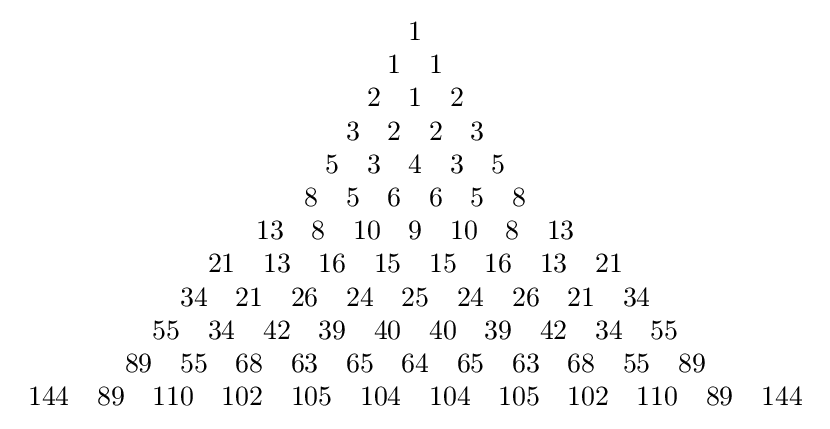
{\begin{array}{c}1\\1\quad 1\\2\quad 1\quad 2\\3\quad 2\quad 2\quad 3\\5\quad 3\quad 4\quad 3\quad 5\\8\quad 5\quad 6\quad 6\quad 5\quad 8\\13\quad 8\quad 10\quad 9\quad 10\quad 8\quad 13\\21\quad 13\quad 16\quad 15\quad 15\quad 16\quad 13\quad 21\\34\quad 21\quad 26\quad 24\quad 25\quad 24\quad 26\quad 21\quad 34\\55\quad 34\quad 42\quad 39\quad 40\quad 40\quad 39\quad 42\quad 34\quad 55\\89\quad 55\quad 68\quad 63\quad 65\quad 64\quad 65\quad 63\quad 68\quad 55\quad 89\\144\quad 89\quad 110\quad 102\quad 105\quad 104\quad 104\quad 105\quad 102\quad 110\quad 89\quad 144\\\end{array}}